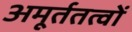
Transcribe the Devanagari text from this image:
अमूर्ततत्वों